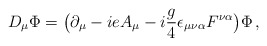
\begin{align*} D_\mu \Phi = \big( \partial_\mu - i e A_\mu - i {g \over 4} \epsilon_{\mu \nu \alpha} F^{\nu \alpha} \big) \Phi \, ,\end{align*}